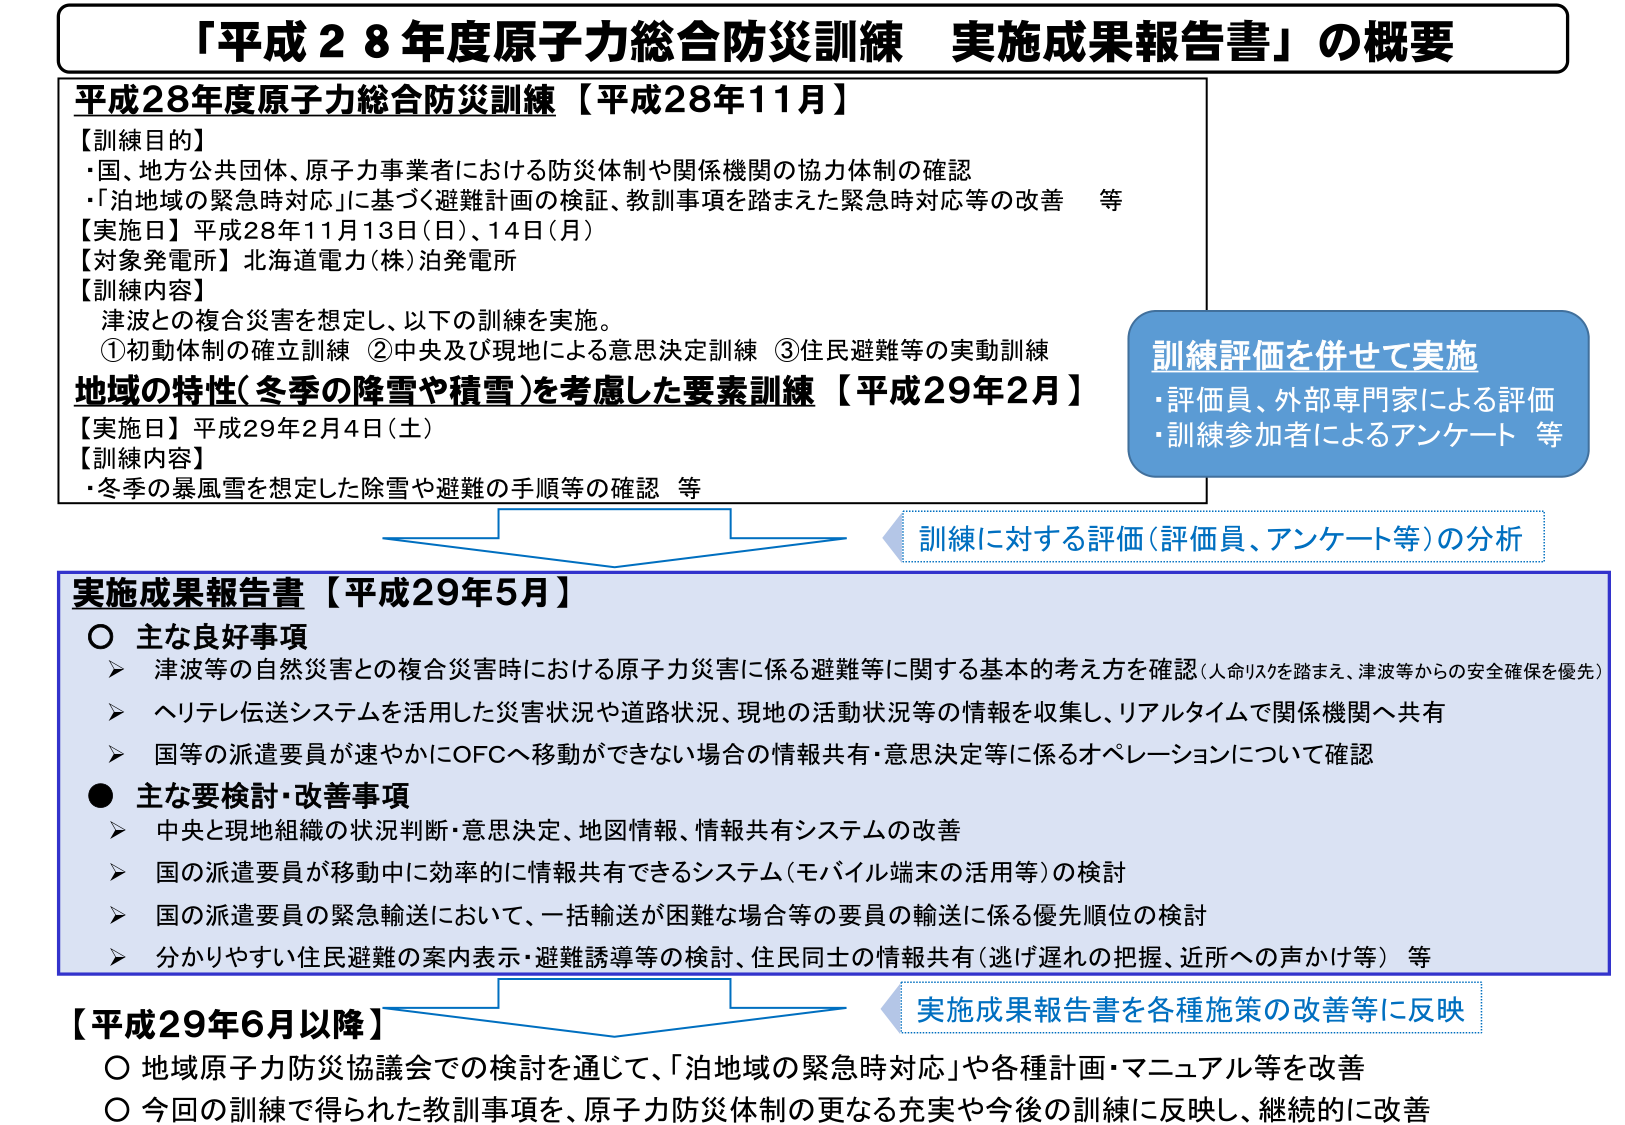
「平成２８年度原子力総合防災訓練 実施成果報告書」の概要

平成28年度原子力総合防災訓練【平成28年11月】

【訓練目的】
・国、地方公共団体、原子力事業者における防災体制や関係機関の協力体制の確認
・「泊地域の緊急時対応」に基づく避難計画の検証、教訓事項を踏まえた緊急時対応等の改善 等

【実施日】平成28年11月13日（日）、14日（月）

【対象発電所】北海道電力（株）泊発電所

【訓練内容】
津波との複合災害を想定し、以下の訓練を実施。
①初動体制の確立訓練 ②中央及び現地による意思決定訓練 ③住民避難等の実動訓練

地域の特性（冬季の降雪や積雪）を考慮した要素訓練【平成29年2月】

【実施日】平成29年2月4日（土）

【訓練内容】
・冬季の暴風雪を想定した除雪や避難の手順等の確認 等

訓練評価を併せて実施
・評価員、外部専門家による評価
・訓練参加者によるアンケート 等

訓練に対する評価（評価員、アンケート等）の分析

実施成果報告書【平成29年5月】

○ 主な良好事項
➤ 津波等の自然災害との複合災害時における原子力災害に係る避難等に関する基本的考え方を確認（人命リスクを踏まえ、津波等からの安全確保を優先）
➤ ヘリテレ伝送システムを活用した災害状況や道路状況、現地の活動状況等の情報を収集し、リアルタイムで関係機関へ共有
➤ 国等の派遣要員が速やかにOFCへ移動ができない場合の情報共有・意思決定等に係るオペレーションについて確認

● 主な検討・改善事項
➤ 中央と現地組織の状況判断・意思決定、地図情報、情報共有システムの改善
➤ 国の派遣要員が移動中に効率的に情報共有できるシステム（モバイル端末の活用等）の検討
➤ 国の派遣要員の緊急輸送において、一括輸送が困難な場合等の要員の輸送に係る優先順位の検討
➤ 分かりやすい住民避難の案内表示・避難誘導等の検討、住民同士の情報共有（逃げ遅れの把握、近所への声かけ等） 等

実施成果報告書を各種施策の改善等に反映

【平成29年6月以降】
○ 地域原子力防災協議会での検討を通じて、「泊地域の緊急時対応」や各種計画・マニュアル等を改善
○ 今回の訓練で得られた教訓事項を、原子力防災体制の更なる充実や今後の訓練に反映し、継続的に改善